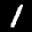
Label: 1